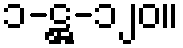
၁-ဋ္ဌ-၁၂၀။